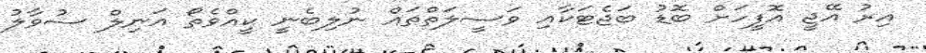
އިރު އޭޖީ އޮފީހަށް ބޮޑު ބަޖެޓަކާއި ވަސީލަތްތައް ނުލިބެނީ ކީއްވެތޯ އަނިލް ސުވާލު